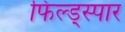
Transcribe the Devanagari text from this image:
फिल्ड्स्पार